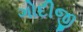
ગોદીજી